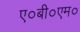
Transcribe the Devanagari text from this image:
ए०बी०एम०